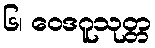
၆၊ ဝေဒဂူသုတ္တ